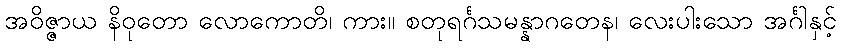
အဝိဇ္ဇာယ နိဝုတော လောကောတိ၊ ကား။ စတုရင်္ဂသမန္နာဂတေန၊ လေးပါးသော အင်္ဂါနှင့်